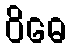
ဝိဓေ